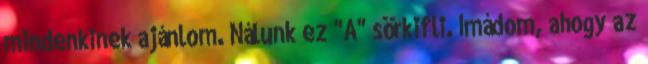
mindenkinek ajánlom. Nálunk ez "A" sörkifli. Imádom, ahogy az